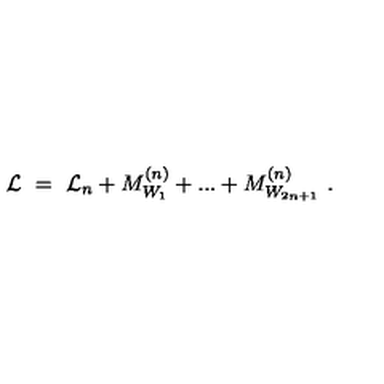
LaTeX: { \cal L } \ = \ { \cal L } _ { n } + M _ { W _ { 1 } } ^ { ( n ) } + . . . + M _ { W _ { 2 n + 1 } } ^ { ( n ) } \ .